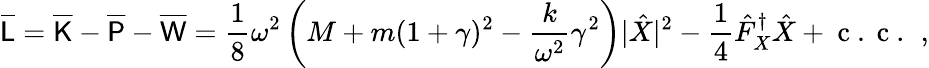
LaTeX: \overline{{\mathsf{L}}}=\overline{{\mathsf{K}}}-\overline{{\mathsf{P}}}-\overline{{\mathsf{W}}}=\frac{1}{8}\omega^{2}\left(M+m(1+\gamma)^{2}-\frac{k}{\omega^{2}}\gamma^{2}\right)|\hat{X}|^{2}-\frac{1}{4}\hat{F}_{X}^{\dagger}\hat{X}+\mathrm{~c~.~c~.~}\, ,